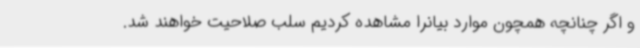
و اگر چنانچه همچون موارد بیانرا مشاهده کردیم سلب صلاحیت خواهند شد.